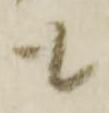
も